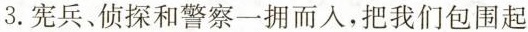
3.宪兵、侦探和警察一拥而入，把我们包围起